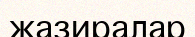
жазиралар